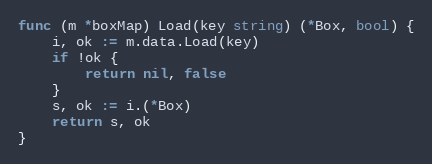
Language: Go
func (m *boxMap) Load(key string) (*Box, bool) {
	i, ok := m.data.Load(key)
	if !ok {
		return nil, false
	}
	s, ok := i.(*Box)
	return s, ok
}